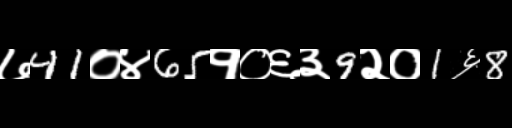
Text: ७41०४65१०६३9२०1६8